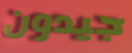
جيدون